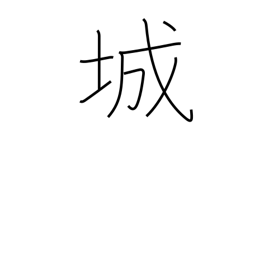
Meaning: castle